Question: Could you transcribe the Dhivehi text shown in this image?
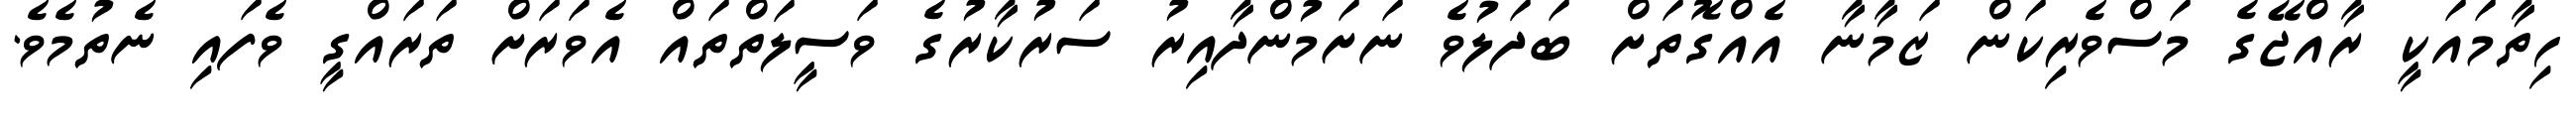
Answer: ހިތާމައަކީ ރާއްޖޭގެ މަސްވެރިކަން ޒަމާނާ އެއްގޮތަށް ބަދަލުވެ ނަށަމުންދާއިރު ސަރުކާރުގެ ވަސީލަތްތައް އެވަރަށް ތަރައްގީ ވެފައި ނެތުމެވެ.